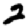
Digit: 2